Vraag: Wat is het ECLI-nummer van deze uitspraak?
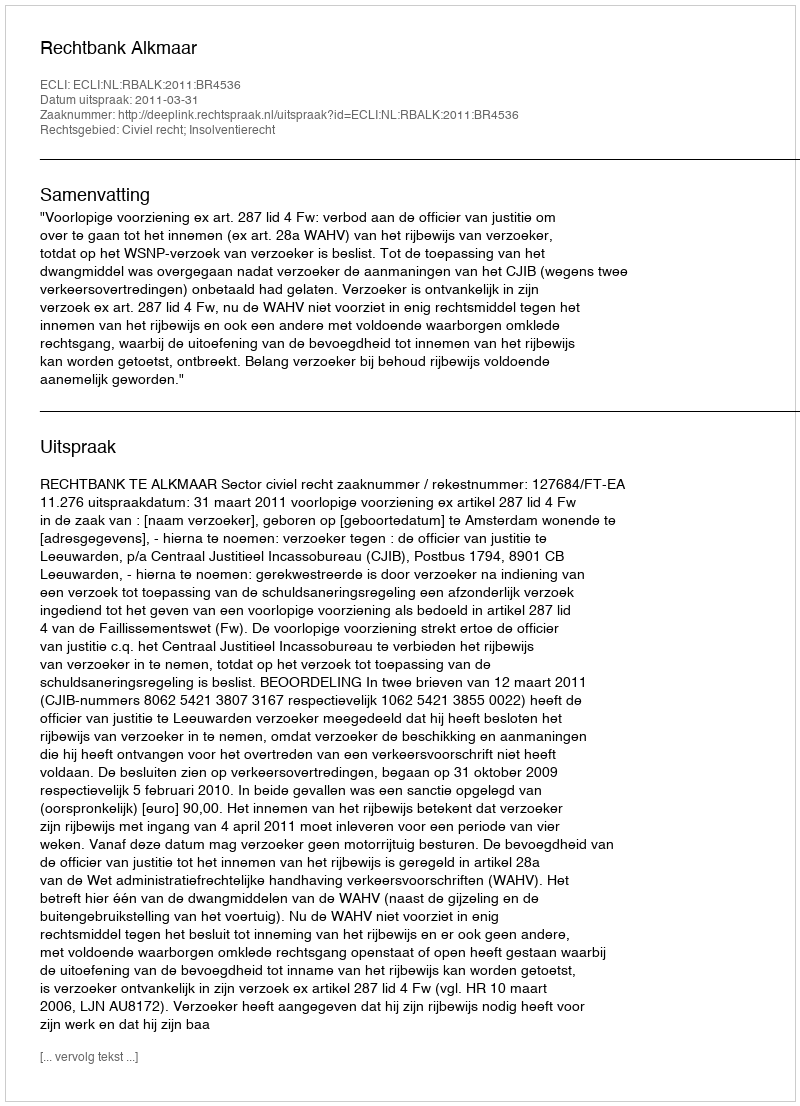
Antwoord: ECLI:NL:RBALK:2011:BR4536